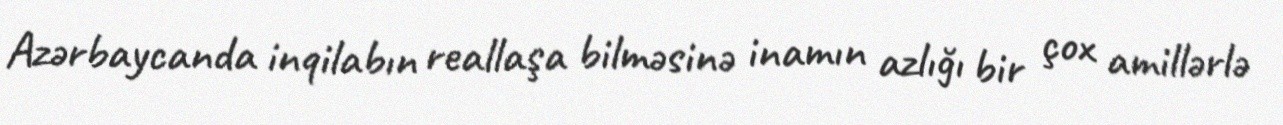
Azərbaycanda inqilabın reallaşa bilməsinə inamın azlığı bir çox amillərlə